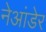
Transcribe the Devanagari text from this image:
नेआंडेर